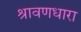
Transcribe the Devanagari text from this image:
श्रावणधारा